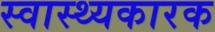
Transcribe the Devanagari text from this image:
स्वास्थ्यकारक